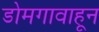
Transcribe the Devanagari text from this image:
डोमगावाहून